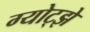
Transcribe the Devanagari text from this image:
ग्योट्झे